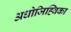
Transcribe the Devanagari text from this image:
अधोजिह्विका